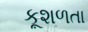
કૂશળતા